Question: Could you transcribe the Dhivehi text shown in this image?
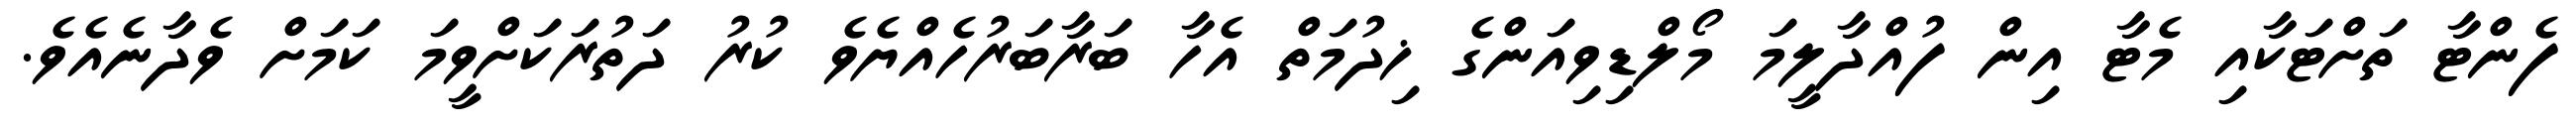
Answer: ފެންޓާ ތަށްޓަކާއި މެޓާ އިން ފުއްދާލީމަ މޯލްޑިވިއަންގެ ޚިދުމަތް އެހާ ބަރާބަރުހެއްޔެވެ ކުރު ދަތުރަކަށްވީމަ ކަމަށް ވެދާނެއެވެ.